King Institute of Preventive Medicine Micro-Biological Section reports 1909-11
Year: 1909
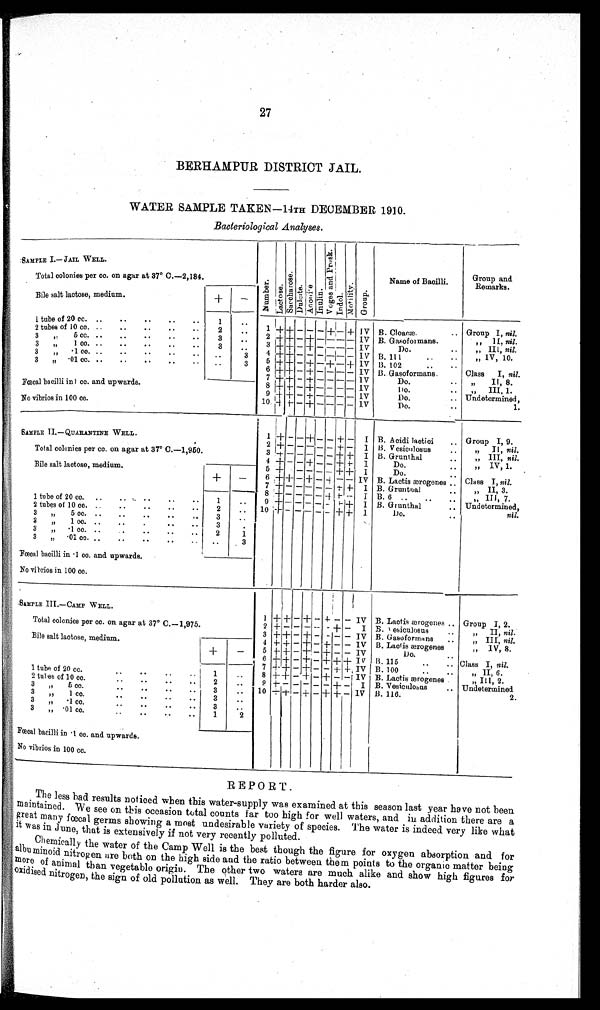
27
BERHAMPUR DISTRICT JAIL.
WATER SAMPLE TAKEN—14TH DECEMBER 1910.
Bacteriological Analyses.
SAMPLE I.—JAIL WELL.
Number.
Lact ose.
S a c c h a r o s e .
Du l c i t e .
Ad o n i t e .
I n u l i n . V o g e s a n d P r o s k .
Indol .
Mo b i l i t y . G r o u p .
Name of Bacilli.
Group and
Remarks.
Total colonies per cc. on agar at 37° c.—2,184.
Bile salt lactose, medium.
1 tube of 20 cc. ..
..
..
..
..
1
..
1 + + – – – + –
+ IV B. Cloacæ.
.. Group I, nil.
2
..
2 tubes of 10 cc....
..
..
..
..
2 + + – + – – – – IV B. Gasoformans.
"
I I ,
nil.
3
,". 5 cc. .. .. .. .. ..
3
. .
3 + + – + – – – – IV
Do.
"„ III. , nil.
3
..
3 „" 1 cc. .. .. .. - ..
4 + + – – – – – – IV B. 111
.,
..
„ IV, 10.
3
„" .1 cc. .... .. .. .. ..
. .
3
5 +
+ – + – + – + IV B. 102
. ..
3
3 „ .01 cc. .. . . . . . . . .
. . . .
6 + + – + – – – – IV B. Gasoformans.
Class I, nil.
7 + + – + – – – – IV
,,
II, 8.
Do.
. .
Fœcal bacilli in 1 cc. and upwards.
8 + + – + – – – – IV
Do.
. . " III, 1.
9 + ± – + – – – –
I V
Do.
.. Undetermined,
No vibratos in 100 cc.
1 0 + + – + – – – – IV
Do.
..
1.
SAMPLE II.—QUARANTINE WELL.
1 + – – + – – + – I B. Acidi lactici
. Group I, 9.
2 + – – – – – + – I 13. vesiculosus
..
,, II, nil.
Total colonies per cc. on agar at 37° c.—1,950.
3
+ – – – – – + + I B. Grunthal
..
„ III, nil.
" „ IV, 1.
4 + – – + – – + + I
Do.
..
Bile salt lactose, medium.
5 + – – – – – + + I
Do.
+
–
6 + + – + – + – – IV B. Lactis ærogenes
Class I, nil.
7 ± – – – – – + + I B. Grunthal
" „ II, 3.
" III, 7.
8 + – – – – + + –
I B. 6 .... .. ..
1 tube of 20 cc. ..
..
..
..
..
1
..
9 + – – – – – + + I B. Grunthal..
u n d e t e r m i n e d ,
n i l
.
2 tubes of 10 cc. ..
..
..
..
..
2
.. 10 + – – – – – + +
I
Do.. .
3
",, 5 cc. . . .. .. .. ,.
3
..
3
„" 1cc. .. .. .
3
. . .
3 „" .1 cc. .. . . .. ..
2
1
3 „" .01 cc. .. .. .. ..
. .
3
Fœcal bacilli in . 1 cc. and upwards.
No vibrics in 100 cc.
SAMPLE III.—CAMP WELL.
1 + + – + – + – – IV B. Lactis ærogenes
Group I, 2.
Total colonies per cc. on agar at 37° c.—1,975.
2 + – – – – – + – I B. Vesiculosus
. .
„ II, nil.
3 + + – + – – – – IV B. Gasoformans
.
„ III, nil.
Bile salt lactose, medium.
4 + + – + – + – – IV B. Lactis ærogenes
„ IV, 8.
+
–
5 + + – + – + + + IV
Do.
..
6 + + – + – – +++ + IV B. 115
..
.. Class I, nil.
7 + + – + – – + + IV B. 100
. . . .
,, II, 6.
1 tube of 20 cc.
. .
.
.
.
.
1
. . . .
8 + + – + – – +– – IV B. Lactis ærogenes.
„ III, 2.
2 tube of 10 cc.
..
. . ..
2
_ . .
9 + – – – – – + + I B. Vesiculosus
. . Undetermined
3 „
5 cc..
. . . ..
3
. . 10 + + – + – + + – IV B. 116.
2.
3 ,,
1 cc.
3
. .
3 ,, .1 cc.
..
..
..
..
3
. .
3
,,
.01
cc...
. . .. ..
1
2
Fœcal bacilli in .1 cc. and upwards.
No vibrios in 100 cc.
REPORT.
The less bad results noticed when this water-supply was examined at this season last year have not been
maintained. We see on this occasion total counts far too high for well waters, and in addition there are a
great many fœcal germs showing a most undesirable variety of species. The water is indeed very like what
it was in June, that is extensively if not very recently polluted.
Chemically the water of the Camp Well is the best though the figure for oxygen absorption and for
albummoid nitrogen are both on the high side and the ratio between them points to the organic matter being
more of animal than vegetable origin. The other two waters are much alike and show high figures for
oxidised nitrogen, the sign of old pollution as well. They are both harder also.